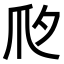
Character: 𤓵